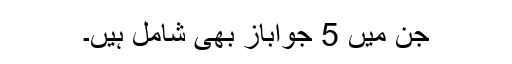
جن میں 5 جواباز بھی شامل ہیں۔